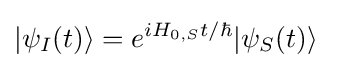
|\psi _{I}(t)\rangle =e^{iH_{0,S}t/\hbar }|\psi _{S}(t)\rangle ~